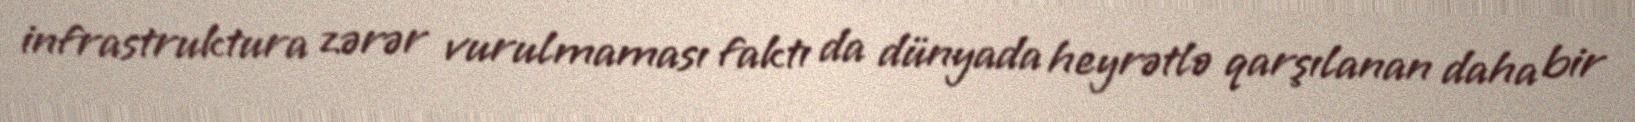
infrastruktura zərər vurulmaması faktı da dünyada heyrətlə qarşılanan daha bir